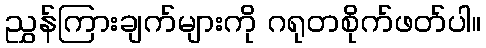
ညွှန်ကြားချက်များကို ဂရုတစိုက်ဖတ်ပါ။